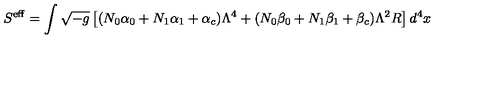
S ^ { \mathrm { e f f } } = \int \sqrt { - g } \left[ ( N _ { 0 } \alpha _ { 0 } + N _ { 1 } \alpha _ { 1 } + \alpha _ { c } ) \Lambda ^ { 4 } + ( N _ { 0 } \beta _ { 0 } + N _ { 1 } \beta _ { 1 } + \beta _ { c } ) \Lambda ^ { 2 } R \right] d ^ { 4 } x